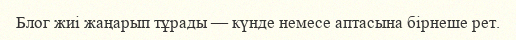
Блог жиі жаңарып тұрады — күнде немесе аптасына бірнеше рет.